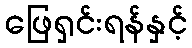
ဖြေရှင်းရန်နှင့်